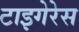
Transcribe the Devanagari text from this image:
टाइगेरेस